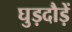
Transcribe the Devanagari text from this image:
घुड़दौड़ें